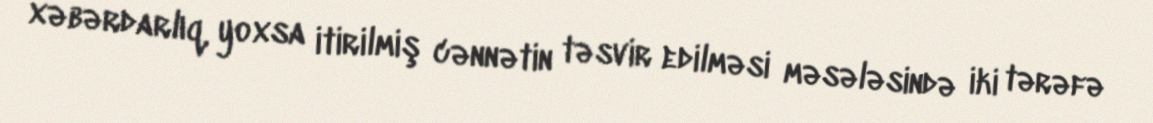
xəbərdarlıq, yoxsa itirilmiş cənnətin təsvir edilməsi məsələsində iki tərəfə